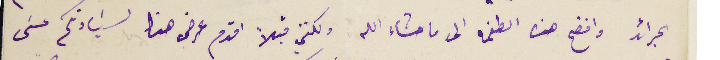
الجرائد وافضح هذه الطغمة الى ما شاء الله ولكنني قبلاً اقدم عرض هنا لسَيادتكم عسَى